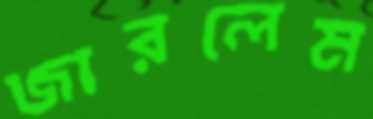
জারলেম